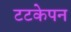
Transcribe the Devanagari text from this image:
टटकेपन